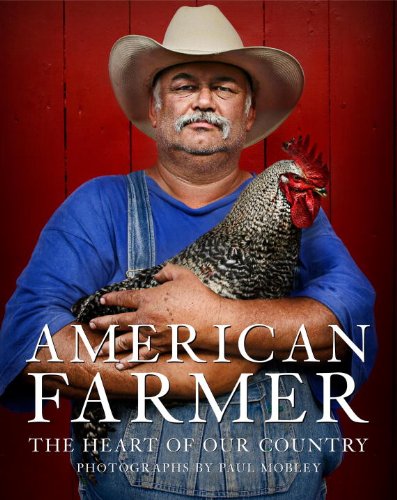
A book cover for American Farmer: The Heart of Our Country; Katrina Fried; Science & Math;